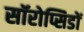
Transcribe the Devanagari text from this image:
सॉरोप्सिडों